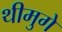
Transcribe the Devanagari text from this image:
थीमुगे